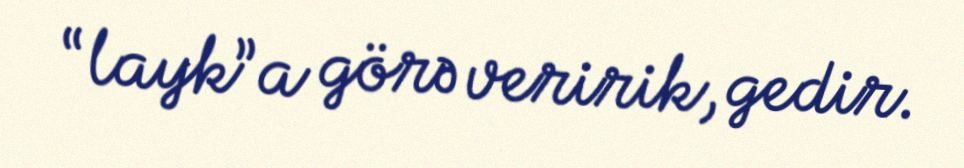
“layk”a görə veririk, gedir.